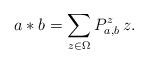
LaTeX: \begin{align*}a * b =\sum_{z \in \Omega} P_{a,b}^z \, z.\end{align*}